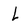
Character: l